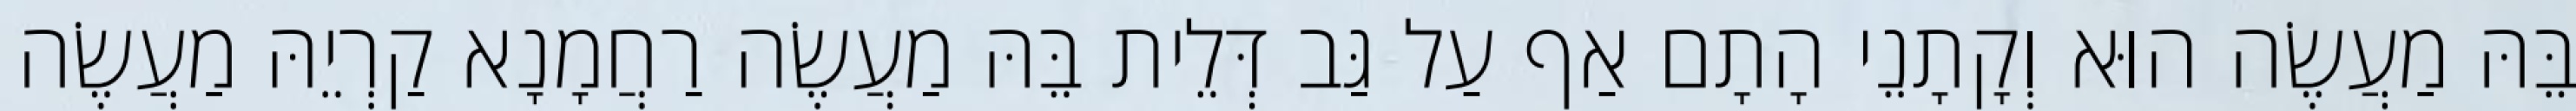
בֵּהּ מַעֲשֶׂה הוּא וְקָתָנֵי הָתָם אַף עַל גַּב דְּלֵית בֵּהּ מַעֲשֶׂה רַחֲמָנָא קַרְיֵהּ מַעֲשֶׂה